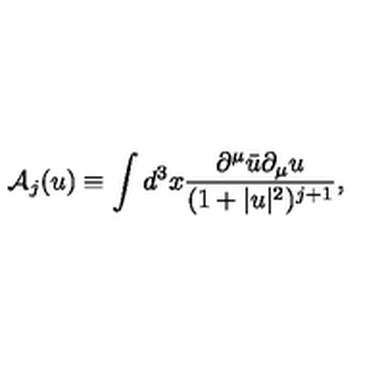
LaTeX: \mathrm { \cal { A } } _ { j } ( u ) \equiv \int d ^ { 3 } x \frac { \partial ^ { \mu } \bar { u } \partial _ { \mu } u } { ( 1 + | u | ^ { 2 } ) ^ { j + 1 } } ,